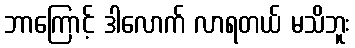
ဘာကြောင့် ဒါလောက် လာရတယ် မသိဘူး